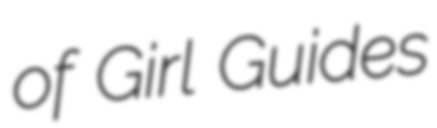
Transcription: of Girl Guides